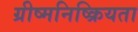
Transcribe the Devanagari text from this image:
ग्रीष्मनिष्क्रियता